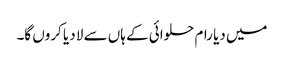
میں دیا رام حلوائی کے ہاں سے لا دیا کروں گا۔